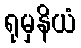
ရုမှနိယံ